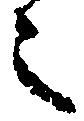
之